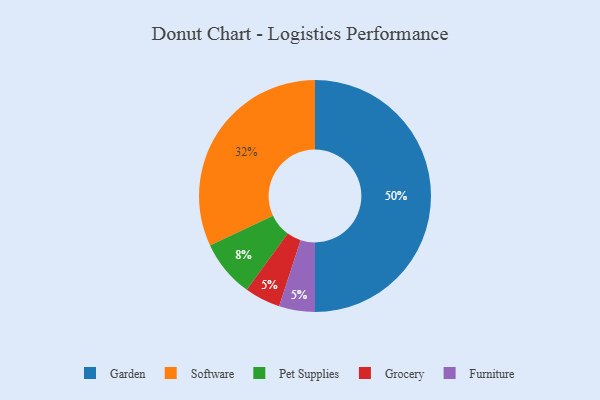
{"axis": {"x": "Category", "y": "Percentage"}, "legend": ["Furniture", "Garden", "Grocery", "Pet Supplies", "Software"], "data": [{"x": "Software", "y": 32, "type": "Software"}, {"x": "Pet Supplies", "y": 8, "type": "Pet Supplies"}, {"x": "Grocery", "y": 5, "type": "Grocery"}, {"x": "Garden", "y": 50, "type": "Garden"}, {"x": "Furniture", "y": 5, "type": "Furniture"}]}